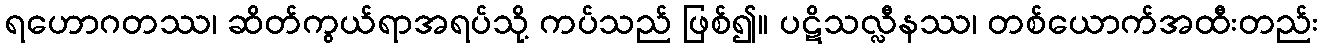
ရဟောဂတဿ၊ ဆိတ်ကွယ်ရာအရပ်သို့ ကပ်သည် ဖြစ်၍။ ပဋိသလ္လီနဿ၊ တစ်ယောက်အထီးတည်း